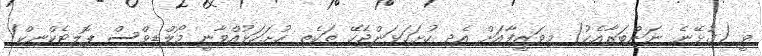
ވީ (ގުޅޭނެ ނަންބަރާއެކު) މިވަޒީފާއަށް އެދި ހުށަހަޅަންޖެހޭ ތަކެތި ހުށަހަޅުއްވާނީ މޯލްޑިވްސް ޕޮލިޓެކްނިކް/